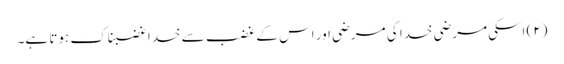
(۲) اسکی مرضی خدا کی مرضی اور اس کے غضب سے خدا غضبناک ہوتا ہے۔